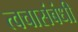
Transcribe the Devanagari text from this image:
त्वचासंबंधी